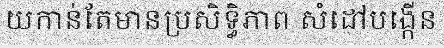
យកាន់តែមានប្រសិទ្ធិភាព សំដៅបង្កើន